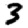
Digit: 3